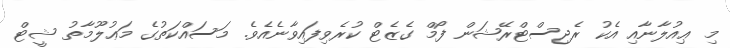
މި ޢިއުލާނާއި އެކު ރެޖިސްޓްރޭޝަން ފޯމް ގެޒެޓް ކުރެވިފައިވާނެއެވެ. މަސައްކަތުގެ މަޢުލޫމާތު ޝީޓް